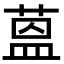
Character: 蒕